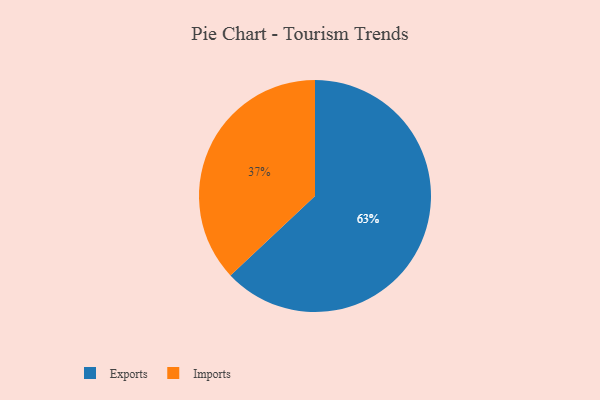
{"axis": {"x": "Category", "y": "Percentage"}, "legend": ["Exports", "Imports"], "data": [{"x": "Imports", "y": 37, "type": "Imports"}, {"x": "Exports", "y": 63, "type": "Exports"}]}